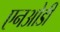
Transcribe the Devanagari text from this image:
एनओडी